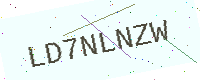
Text: LD7NLNZW